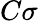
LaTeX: C\sigma